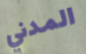
المدني